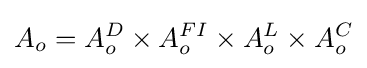
A_{o}=A_{o}^{D}\times A_{o}^{FI}\times A_{o}^{L}\times A_{o}^{C}